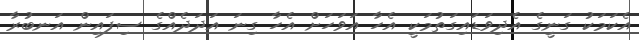
އެކަމަކު ގަނީގެ އެދިވަޑައިގަތުމަކީ އެހާ އަވަހަށް އެހާ ގިނަ އަދަދެއްގެ ސިފައިން އަނބުރާ